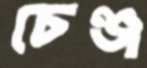
চেঞ্জ